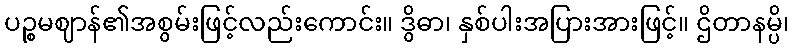
ပဉ္စမဈာန်၏အစွမ်းဖြင့်လည်းကောင်း။ ဒွိဓာ၊ နှစ်ပါးအပြားအားဖြင့်။ ဌိတာနမ္ပိ၊